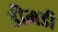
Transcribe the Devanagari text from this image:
डीमडी